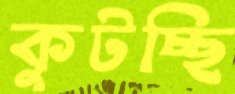
কুটচ্ছি